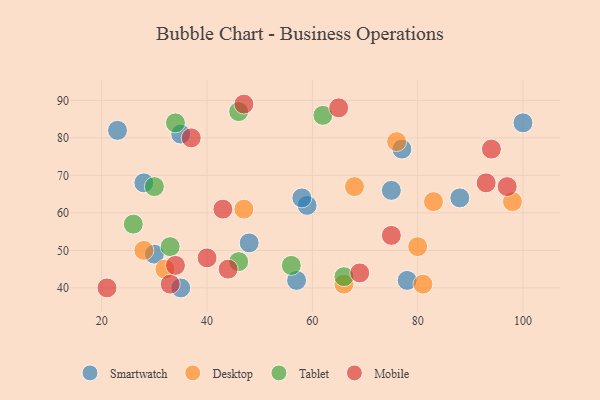
{"axis": {"x": "GDP", "y": "Life Expectancy"}, "legend": ["Desktop", "Mobile", "Smartwatch", "Tablet"], "data": [{"x": "88", "y": 64, "type": "Smartwatch"}, {"x": "28", "y": 68, "type": "Smartwatch"}, {"x": "48", "y": 52, "type": "Smartwatch"}, {"x": "78", "y": 42, "type": "Smartwatch"}, {"x": "30", "y": 49, "type": "Smartwatch"}, {"x": "75", "y": 66, "type": "Smartwatch"}, {"x": "77", "y": 77, "type": "Smartwatch"}, {"x": "23", "y": 82, "type": "Smartwatch"}, {"x": "57", "y": 42, "type": "Smartwatch"}, {"x": "35", "y": 81, "type": "Smartwatch"}, {"x": "59", "y": 62, "type": "Smartwatch"}, {"x": "35", "y": 40, "type": "Smartwatch"}, {"x": "100", "y": 84, "type": "Smartwatch"}, {"x": "58", "y": 64, "type": "Smartwatch"}, {"x": "83", "y": 63, "type": "Desktop"}, {"x": "66", "y": 41, "type": "Desktop"}, {"x": "76", "y": 79, "type": "Desktop"}, {"x": "32", "y": 45, "type": "Desktop"}, {"x": "98", "y": 63, "type": "Desktop"}, {"x": "68", "y": 67, "type": "Desktop"}, {"x": "80", "y": 51, "type": "Desktop"}, {"x": "81", "y": 41, "type": "Desktop"}, {"x": "47", "y": 61, "type": "Desktop"}, {"x": "28", "y": 50, "type": "Desktop"}, {"x": "33", "y": 51, "type": "Tablet"}, {"x": "46", "y": 47, "type": "Tablet"}, {"x": "34", "y": 84, "type": "Tablet"}, {"x": "66", "y": 43, "type": "Tablet"}, {"x": "62", "y": 86, "type": "Tablet"}, {"x": "30", "y": 67, "type": "Tablet"}, {"x": "46", "y": 87, "type": "Tablet"}, {"x": "26", "y": 57, "type": "Tablet"}, {"x": "56", "y": 46, "type": "Tablet"}, {"x": "37", "y": 80, "type": "Mobile"}, {"x": "44", "y": 45, "type": "Mobile"}, {"x": "65", "y": 88, "type": "Mobile"}, {"x": "40", "y": 48, "type": "Mobile"}, {"x": "33", "y": 41, "type": "Mobile"}, {"x": "34", "y": 46, "type": "Mobile"}, {"x": "43", "y": 61, "type": "Mobile"}, {"x": "75", "y": 54, "type": "Mobile"}, {"x": "97", "y": 67, "type": "Mobile"}, {"x": "21", "y": 40, "type": "Mobile"}, {"x": "69", "y": 44, "type": "Mobile"}, {"x": "47", "y": 89, "type": "Mobile"}, {"x": "93", "y": 68, "type": "Mobile"}, {"x": "94", "y": 77, "type": "Mobile"}]}